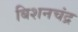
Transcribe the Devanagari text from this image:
बिशनचंद्र